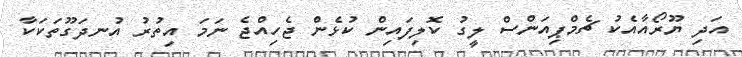
އަދި ޔޫރޯއާއެކު ޗެމްޕިއަންސް ލީގު ކޮލިފައިން ކުޅެން ޖެހިއްޖެ ނަމަ އިތުރު އުނދަގޫތަކަކާ